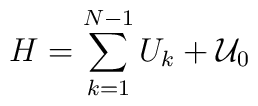
H=\sum_{k=1}^{N-1}U_{k}+{\cal U}_{0}